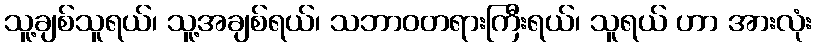
သူ့ချစ်သူရယ်၊ သူ့အချစ်ရယ်၊ သဘာဝတရားကြီးရယ်၊ သူရယ် ဟာ အားလုံး